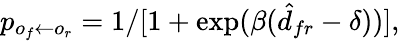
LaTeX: p_{o_{f}\leftarrow o_{r}}=1/[1+\exp(\beta(\hat{d}_{fr}-\delta))],